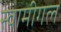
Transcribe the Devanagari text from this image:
स्वामीगल